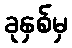
ခုနှစ်မှ